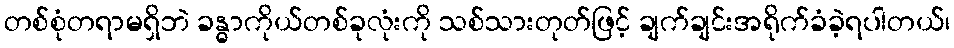
တစ်စုံတရာမရှိဘဲ ခန္ဓာကိုယ်တစ်ခုလုံးကို သစ်သားတုတ်ဖြင့် ချက်ချင်းအရိုက်ခံခဲ့ရပါတယ်၊